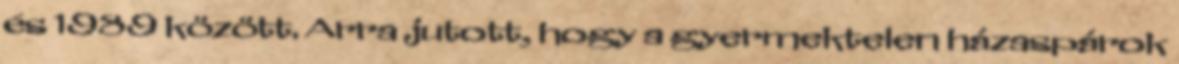
és 1989 között. Arra jutott, hogy a gyermektelen házaspárok